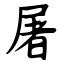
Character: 屠